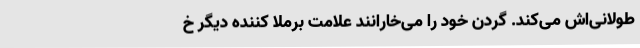
طولانی‌اش می‌کند. گردن خود را می‌خارانند علامت برملا کننده دیگر خ